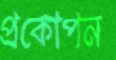
প্রকোপন